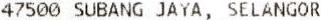
47500 SUBANG JAYA, SELANGOR